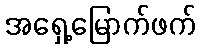
အရှေ့မြောက်ဖက်